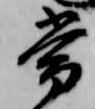
常